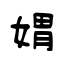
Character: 媦